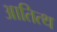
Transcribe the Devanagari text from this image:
आतित्थ